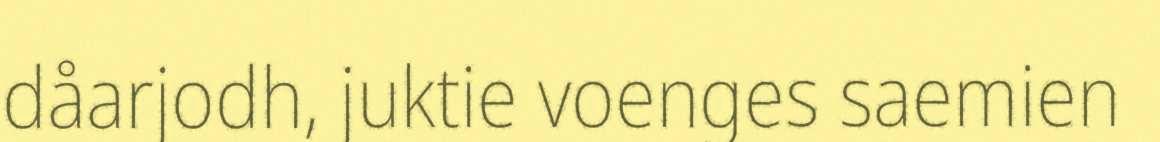
dåarjodh, juktie voenges saemien